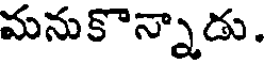
మనుకొన్నాడు.